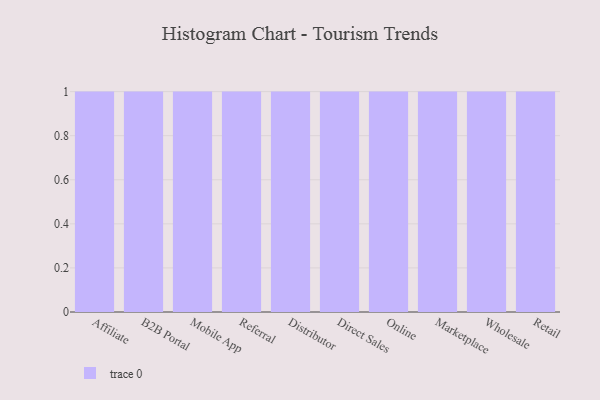
{"axis": {"x": "Channel", "y": "Population (Million)"}, "legend": [""], "data": [{"x": "Affiliate", "y": 95, "type": ""}, {"x": "B2B Portal", "y": 37, "type": ""}, {"x": "Mobile App", "y": 49, "type": ""}, {"x": "Referral", "y": 12, "type": ""}, {"x": "Distributor", "y": 7, "type": ""}, {"x": "Direct Sales", "y": 85, "type": ""}, {"x": "Online", "y": 32, "type": ""}, {"x": "Marketplace", "y": 43, "type": ""}, {"x": "Wholesale", "y": 64, "type": ""}, {"x": "Retail", "y": 80, "type": ""}]}